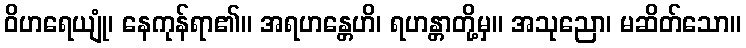
ဝိဟရေယျုံ၊ နေကုန်ရာ၏။ အရဟန္တေဟိ၊ ရဟန္တာတို့မှ။ အသုညော၊ မဆိတ်သော။